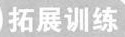
拓展训练